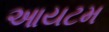
આયટમ